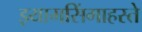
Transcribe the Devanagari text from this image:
झ्यामसिंगाहस्ते